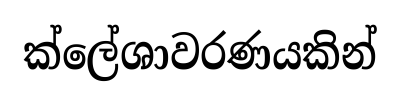
ක්ලේශාවරණයකින්